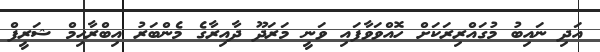
އަދި ނައިބު މުގައްރިރަކަށް ހޮއްވަވާފައި ވަނީ މަރަދޫ ދާއިރާގެ މެންބަރު އިބްރާހިމް ޝަރީފް